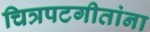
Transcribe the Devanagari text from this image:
चित्रपटगीतांना